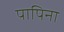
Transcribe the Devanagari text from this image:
पापिना